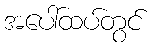
အပေါ်ထပ်တွင်